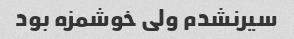
سیرنشدم ولی خوشمزه بود